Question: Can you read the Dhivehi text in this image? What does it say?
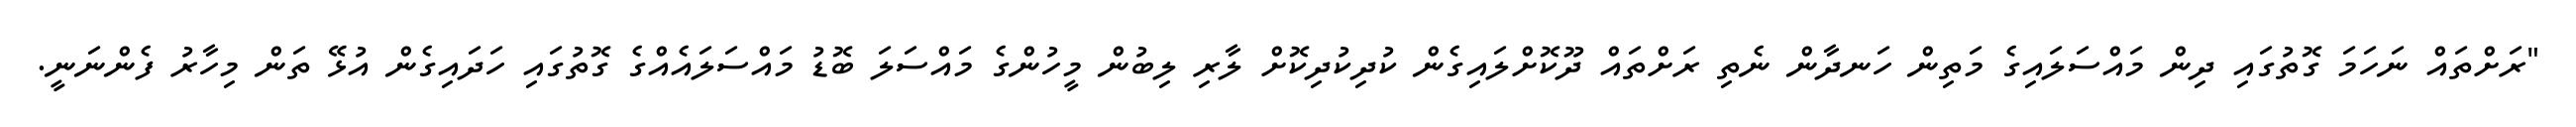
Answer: "ރަށްތައް ނަހަމަ ގޮތުގައި ދިން މައްސަލައިގެ މަތިން ހަނދާން ނެތި ރަށްތައް ދޫކޮށްލައިގެން ކުދިކުދިކޮށް ލާރި ލިބުން މީހުންގެ މައްސަލަ ބޮޑު މައްސަލައެއްގެ ގޮތުގައި ހަދައިގެން އުޅޭ ތަން މިހާރު ފެންނަނީ.